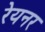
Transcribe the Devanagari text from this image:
रेयनर